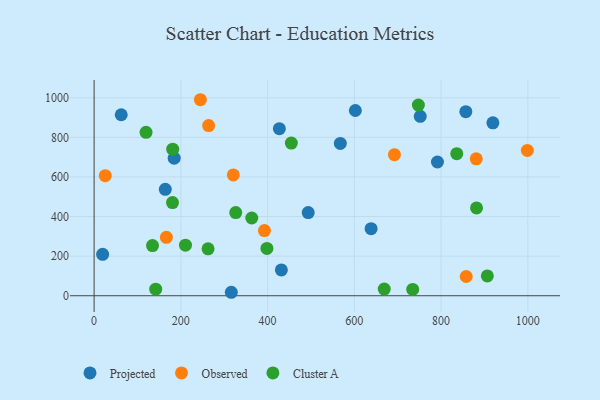
{"axis": {"x": "Speed", "y": "Exam Score"}, "legend": ["Cluster A", "Observed", "Projected"], "data": [{"x": "164.1", "y": 537.2, "type": "Projected"}, {"x": "602.3", "y": 935.6, "type": "Projected"}, {"x": "184.6", "y": 694.8, "type": "Projected"}, {"x": "316.3", "y": 17.5, "type": "Projected"}, {"x": "567.6", "y": 769.2, "type": "Projected"}, {"x": "19.6", "y": 208.9, "type": "Projected"}, {"x": "857.0", "y": 929.8, "type": "Projected"}, {"x": "427.1", "y": 843.8, "type": "Projected"}, {"x": "791.6", "y": 675.4, "type": "Projected"}, {"x": "638.6", "y": 338.5, "type": "Projected"}, {"x": "62.5", "y": 913.9, "type": "Projected"}, {"x": "751.9", "y": 906.1, "type": "Projected"}, {"x": "493.6", "y": 420.0, "type": "Projected"}, {"x": "431.7", "y": 130.4, "type": "Projected"}, {"x": "919.4", "y": 873.0, "type": "Projected"}, {"x": "320.9", "y": 610.3, "type": "Observed"}, {"x": "245.0", "y": 989.9, "type": "Observed"}, {"x": "264.0", "y": 859.4, "type": "Observed"}, {"x": "998.9", "y": 734.0, "type": "Observed"}, {"x": "25.7", "y": 606.5, "type": "Observed"}, {"x": "392.7", "y": 329.2, "type": "Observed"}, {"x": "166.6", "y": 295.2, "type": "Observed"}, {"x": "857.9", "y": 97.1, "type": "Observed"}, {"x": "692.4", "y": 712.3, "type": "Observed"}, {"x": "881.0", "y": 691.4, "type": "Observed"}, {"x": "398.4", "y": 238.9, "type": "Cluster A"}, {"x": "454.7", "y": 771.2, "type": "Cluster A"}, {"x": "906.6", "y": 100.2, "type": "Cluster A"}, {"x": "119.7", "y": 825.3, "type": "Cluster A"}, {"x": "363.5", "y": 392.5, "type": "Cluster A"}, {"x": "747.6", "y": 962.9, "type": "Cluster A"}, {"x": "668.9", "y": 33.7, "type": "Cluster A"}, {"x": "326.5", "y": 419.8, "type": "Cluster A"}, {"x": "181.2", "y": 740.4, "type": "Cluster A"}, {"x": "142.0", "y": 33.4, "type": "Cluster A"}, {"x": "836.1", "y": 717.5, "type": "Cluster A"}, {"x": "134.6", "y": 253.1, "type": "Cluster A"}, {"x": "734.5", "y": 31.8, "type": "Cluster A"}, {"x": "180.7", "y": 470.3, "type": "Cluster A"}, {"x": "881.7", "y": 443.7, "type": "Cluster A"}, {"x": "262.7", "y": 236.9, "type": "Cluster A"}, {"x": "210.6", "y": 255.2, "type": "Cluster A"}]}